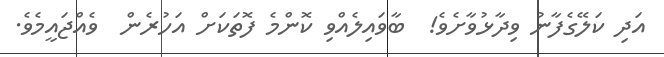
އަދި ކަލޭގެފާނު ވިދާޅުވާށެވެ!  ބާވައިލެއްވި ކޮންމެ ފޮތަކަށް އަހުރެން  ވެއްޖައީމެވެ.